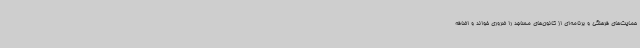
حمایت‌های فرهنگی و برنامه‌ای از کانون‌های مساجد را ضروری خواند و اضافه